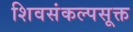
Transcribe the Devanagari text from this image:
शिवसंकल्पसूक्त